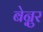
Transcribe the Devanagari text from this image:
बेन्नुर